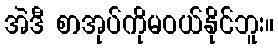
အဲဒီ စာအုပ်ကိုမဝယ်နိုင်ဘူး။